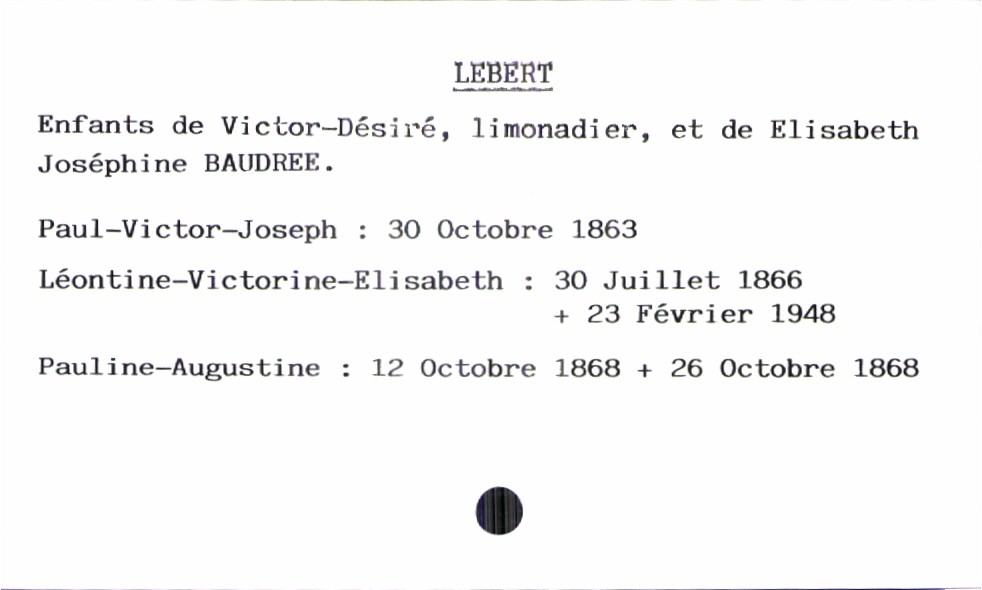
type_acte: Baptême
filiation: fille
enfant_prénom: Pauline-Augustine
enfant_date_de_naissance: 12 octobre 1868
enfant_date_de_décès: 26 octobre 1868
père_enfant_nom: Lebert
père_enfant_prénom: Victor-Désiré
père_enfant_profession: limonadier
mère_enfant_nom: Baudree
mère_enfant_prénom: Elisabeth Josephine